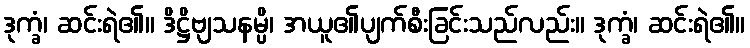
ဒုက္ခံ၊ ဆင်းရဲ၏။ ဒိဋ္ဌိဗျသနမ္ပိ၊ အယူ၏ပျက်စီးခြင်းသည်လည်း။ ဒုက္ခံ၊ ဆင်းရဲ၏။